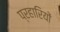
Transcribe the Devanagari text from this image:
प्रहारियों